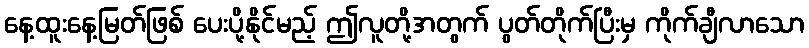
နေ့ထူးနေ့မြတ်ဖြစ် ပေးပို့နိုင်မည့် ဤလူတို့အတွက် ပွတ်တိုက်ပြီးမှ ကိုက်ချီလာသော